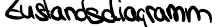
Zustandsdiagramm